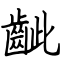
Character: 齜